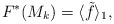
\begin{align*} F^*(M_k) = \langle \tilde f \rangle_1, \end{align*}